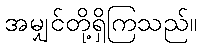
အမျှင်တို့ရှိကြသည်။